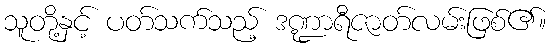
သူတို့နှင့် ပတ်သက်သည့် ဒဏ္ဍာရီဇာတ်လမ်းဖြစ်၏။